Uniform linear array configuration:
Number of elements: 16
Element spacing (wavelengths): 0.75
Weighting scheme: cosine
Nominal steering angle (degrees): -15
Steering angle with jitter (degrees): -14.055
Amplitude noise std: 0.05
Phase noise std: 0.05

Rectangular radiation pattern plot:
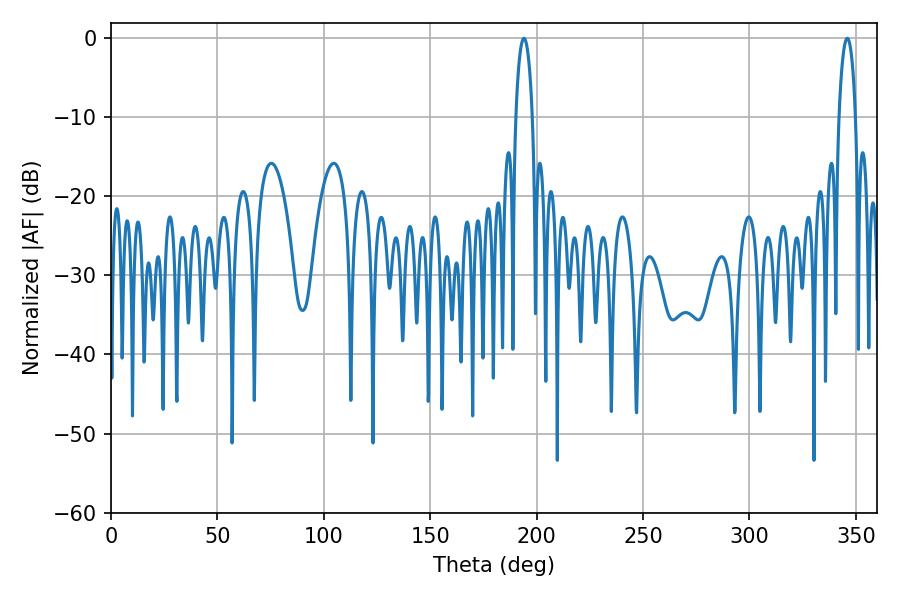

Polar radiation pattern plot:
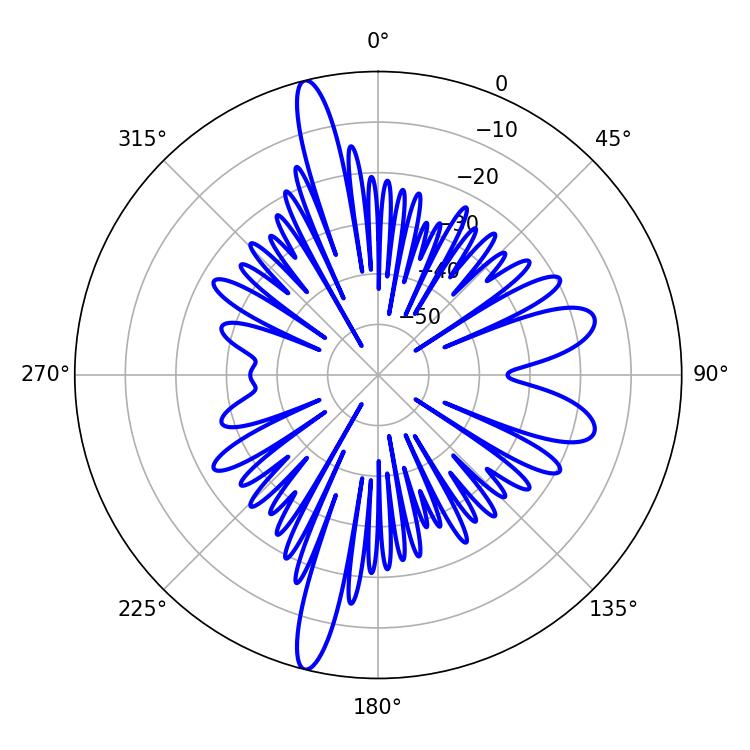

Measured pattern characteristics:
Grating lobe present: TRUE
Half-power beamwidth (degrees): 4.32
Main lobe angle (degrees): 194.04